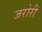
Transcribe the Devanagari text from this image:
जरोरी